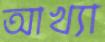
আখ্যা